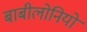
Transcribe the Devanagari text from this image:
बाबीलोनियो